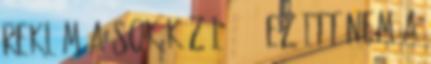
reklám a sok közül 1997 Ez itt nem a